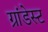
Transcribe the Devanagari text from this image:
ग्रांडेस्ट